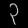
Digit: ၃